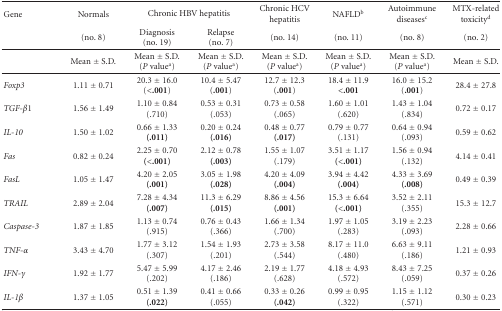
<table><thead><tr><td><b>Gene</b></td><td><b>Normals</b></td><td colspan="2"><b>Chronic HBV hepatitis</b></td><td><b>Chronic HCV hepatitis</b></td><td><b>NAFLD<sup>b</sup></b></td><td><b>Autoimmune diseases<sup>c</sup></b></td><td><b>MTX-related toxicity<sup>d</sup></b></td></tr><tr><td></td><td><b>(no. 8)</b></td><td><b>Diagnosis(no. 19)</b></td><td><b>Relapse(no. 7)</b></td><td><b>(no. 14)</b></td><td><b>(no. 11)</b></td><td><b>(no. 8)</b></td><td><b>(no. 2) </b></td></tr></thead><tbody><tr><td></td><td>Mean ± S.D.</td><td>Mean ± S.D.(<i>P</i> value<sup>a</sup>)</td><td>Mean ± S.D.(<i>P</i> value<sup>a</sup>)</td><td>Mean ± S.D.(<i>P</i> value<sup>a</sup>)</td><td>Mean ± S.D.(<i>P</i> value<sup>a</sup>)</td><td>Mean ± S.D.(<i>P</i> value<sup>a</sup>)</td><td>Mean ± S.D. </td></tr><tr><td><i>Foxp3</i></td><td>1.11 ± 0.71</td><td>20.3 ± 16.0 (<b>&lt;.001</b>)</td><td>10.4 ± 5.47 (<b>.001</b>)</td><td>12.7 ± 12.3 (<b>.001</b>)</td><td>18.4 ± 11.9 <b>&lt;.001</b></td><td>16.0 ± 15.2 (<b>.001</b>)</td><td>28.4 ± 27.8</td></tr><tr><td><i>TGF-β</i><i><i>1</i></i></td><td>1.56 ± 1.49</td><td>1.10 ± 0.84 (.710)</td><td>0.53 ± 0.31 (.053)</td><td>0.73 ± 0.58 (.065)</td><td>1.60 ± 1.01 (.620)</td><td>1.43 ± 1.04 (.834)</td><td>0.72 ± 0.17</td></tr><tr><td><i>IL-10</i></td><td>1.50 ± 1.02</td><td>0.66 ± 1.33 <b>(.011)</b></td><td>0.20 ± 0.24 <b>(.016)</b></td><td>0.48 ± 0.77 <b>(.017)</b></td><td>0.79 ± 0.77 (.131)</td><td>0.64 ± 0.94 (.093)</td><td>0.59 ± 0.62</td></tr><tr><td><i>Fas</i></td><td>0.82 ± 0.24</td><td>2.25 ± 0.70 <b>(&lt;.001)</b></td><td>2.12 ± 0.78 <b>(.003)</b></td><td>1.55 ± 1.07 (.179)</td><td>3.51 ± 1.17 <b>(&lt;.001)</b></td><td>1.56 ± 0.94 (.132)</td><td>4.14 ± 0.41</td></tr><tr><td><i>FasL</i></td><td>1.05 ± 1.47</td><td>4.20 ± 2.05 <b>(.001)</b></td><td>3.05 ± 1.98 <b>(.028)</b></td><td>4.20 ± 4.09 <b>(.004)</b></td><td>3.94 ± 4.42 <b>(.004)</b></td><td>4.33 ± 3.69 <b>(.008)</b></td><td>0.49 ± 0.39</td></tr><tr><td><i>TRAIL</i></td><td>2.89 ± 2.04</td><td>7.28 ± 4.34 <b>(.007)</b></td><td>11.3 ± 6.29 <b>(.015)</b></td><td>8.86 ± 4.56 <b>(.001)</b></td><td>15.3 ± 6.64 <b>(&lt;.001)</b></td><td>3.52 ± 2.11 (.355)</td><td>15.3 ± 12.7</td></tr><tr><td><i>Caspase-3</i></td><td>1.87 ± 1.85</td><td>1.13 ± 0.74 (.915)</td><td>0.76 ± 0.43 (.366)</td><td>1.66 ± 1.34 (.700)</td><td>1.97 ± 1.05 (.283)</td><td>3.19 ± 2.23 (.093)</td><td>2.28 ± 0.66</td></tr><tr><td><i>TNF-α</i></td><td>3.43 ± 4.70</td><td>1.77 ± 3.12 (.307)</td><td>1.54 ± 1.93 (.201)</td><td>2.73 ± 3.58 (.544)</td><td>8.17 ± 11.0 (.480)</td><td>6.63 ± 9.11 (.186)</td><td>1.21 ± 0.93</td></tr><tr><td><i>IFN-<i>γ</i></i></td><td>1.92 ± 1.77</td><td>5.47 ± 5.99 (.202)</td><td>4.17 ± 2.46 (.186)</td><td>2.19 ± 1.77 (.628)</td><td>4.18 ± 4.93 (.572)</td><td>8.43 ± 7.25 (.059)</td><td>0.37 ± 0.26</td></tr><tr><td><i>IL-1β</i></td><td>1.37 ± 1.05</td><td>0.51 ± 1.39 <b>(.022)</b></td><td>0.41 ± 0.66 (.055)</td><td>0.33 ± 0.26 <b>(.042)</b></td><td>0.99 ± 0.95 (.322)</td><td>1.15 ± 1.12 (.571)</td><td>0.30 ± 0.23</td></tr></tbody></table>